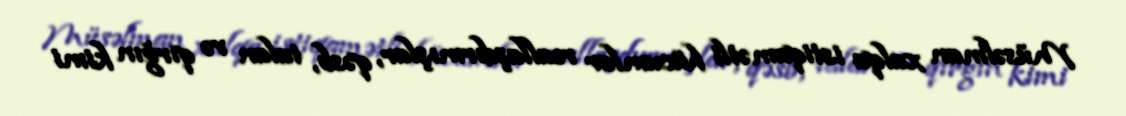
Müsəlman xalqa istiqamətli hücumlar reallaşdırmışlar, qəsb, talan və qırğın kimi